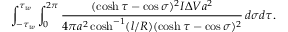
\int _ { - \tau _ { w } } ^ { \tau _ { w } } \int _ { 0 } ^ { 2 \pi } \frac { ( \cosh \tau - \cos \sigma ) ^ { 2 } I \Delta V a ^ { 2 } } { 4 \pi a ^ { 2 } \cosh ^ { - 1 } ( l / R ) ( \cosh \tau - \cos \sigma ) ^ { 2 } } \, d \sigma d \tau .